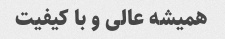
همیشه عالی و با کیفیت